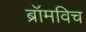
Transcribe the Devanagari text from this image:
ब्रॉमविच